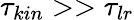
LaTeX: \tau_{kin}>>\tau_{lr}